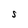
Character: S